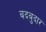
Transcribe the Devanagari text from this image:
बदबुदार